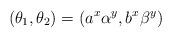
LaTeX: \begin{align*} (\theta_1,\theta_2)=(a^x\alpha^y,b^x\beta^y) \end{align*}